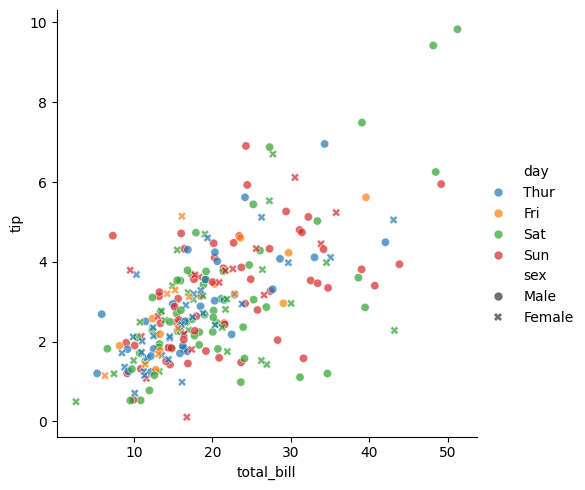
python, seaborn, relplot, alpha=0.7